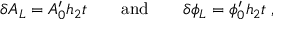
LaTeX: \delta A _ { L } = A _ { 0 } ^ { \prime } h _ { 2 } t \qquad \mathrm { a n d } \qquad \delta \phi _ { L } = \phi _ { 0 } ^ { \prime } h _ { 2 } t \; ,